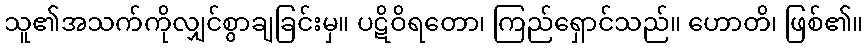
သူ၏အသက်ကိုလျှင်စွာချခြင်းမှ။ ပဋိဝိရတော၊ ကြည်ရှောင်သည်။ ဟောတိ၊ ဖြစ်၏။